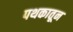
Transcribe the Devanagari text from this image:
पथकातून